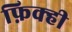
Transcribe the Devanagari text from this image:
फ़िक्ही